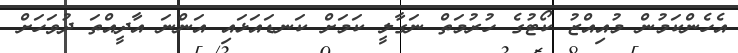
އެހެންކަމުން މުއިއްޒު ކޯޓުގެ ހުރުމަތް ނަގާލީ ކަމަށް ކަނޑައަޅައި އަންނަ އާދީއްތަ ދުވަހަށް